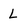
Character: l